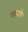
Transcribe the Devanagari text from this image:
सरतापे